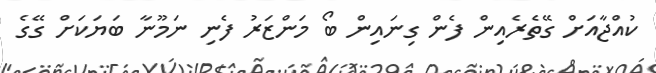
ކުއްޖާއަށް ގޭތެރެއިން ފެން ގިނައިން ބޯ މަންޒަރު ފެނި ނަމޫނާ ބަޔަކަށް ގޭގެ